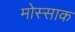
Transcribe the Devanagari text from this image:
मोस्साक